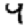
Digit: 4